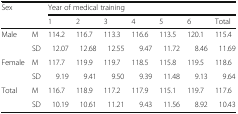
<table><thead><tr><td rowspan="2"><b>Sex</b></td><td rowspan="2"></td><td colspan="7"><b>Year of medical training</b></td></tr><tr><td><b>1</b></td><td><b>2</b></td><td><b>3</b></td><td><b>4</b></td><td><b>5</b></td><td><b>6</b></td><td><b>Total</b></td></tr></thead><tbody><tr><td rowspan="2">Male</td><td>M</td><td>114.2</td><td>116.7</td><td>113.3</td><td>116.6</td><td>113.5</td><td>120.1</td><td>115.4</td></tr><tr><td>SD</td><td>12.07</td><td>12.68</td><td>12.55</td><td>9.47</td><td>11.72</td><td>8.46</td><td>11.69</td></tr><tr><td rowspan="2">Female</td><td>M</td><td>117.7</td><td>119.9</td><td>119.7</td><td>118.5</td><td>115.8</td><td>119.5</td><td>118.6</td></tr><tr><td>SD</td><td>9.19</td><td>9.41</td><td>9.50</td><td>9.39</td><td>11.48</td><td>9.13</td><td>9.64</td></tr><tr><td rowspan="2">Total</td><td>M</td><td>116.7</td><td>118.9</td><td>117.2</td><td>117.9</td><td>115.1</td><td>119.7</td><td>117.6</td></tr><tr><td>SD</td><td>10.19</td><td>10.61</td><td>11.21</td><td>9.43</td><td>11.56</td><td>8.92</td><td>10.43</td></tr></tbody></table>